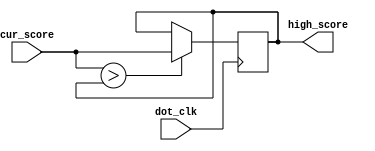
module high_score_keeper(high_score, cur_score, dot_clk);
	output reg [7:0] high_score;
	input [7:0] cur_score;
	input dot_clk;
	
	always @(posedge dot_clk)
	begin
		if (cur_score > high_score)
			// if current score is greater than highscore, update highscore
			high_score <= cur_score;
		else
			// else don't change the high score
			high_score <= high_score;
	end

endmodule